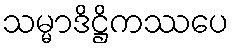
သမ္မာဒိဋ္ဌိကဿပေ